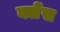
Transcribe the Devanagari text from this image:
क्लेंस